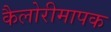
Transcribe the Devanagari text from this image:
कैलोरीमापक